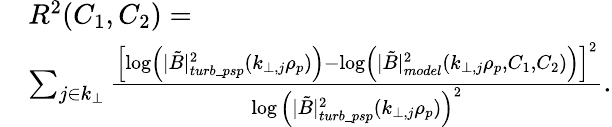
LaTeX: \begin{array}{rl}&{R^{2}(C_{1},C_{2})=}\\ &{\sum_{j\in k_{\perp}}\frac{\left[\log\left(|\tilde{B}|_{turb\_ psp}^{2}(k_{\perp,j}\rho_{p})\right)-\log\left(|\tilde{B}|_{model}^{2}(k_{\perp,j}\rho_{p},C_{1},C_{2})\right)\right]^{2}}{\log\left(|\tilde{B}|_{turb\_ psp}^{2}(k_{\perp,j}\rho_{p})\right)^{2}}.}\end{array}